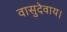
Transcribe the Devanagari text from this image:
वासुदेवाय।